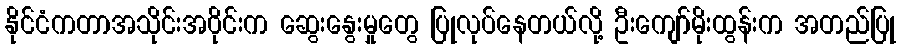
နိုင်ငံကတာအသိုင်းအ၀ိုင်းက ဆွေးနွေးမှုတွေ ပြုလုပ်နေတယ်လို့ ဦးကျော်မိုးထွန်းက အတည်ပြု